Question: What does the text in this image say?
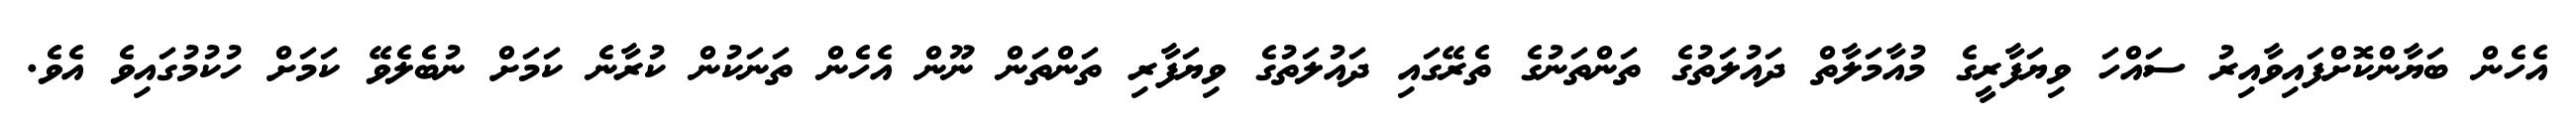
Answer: އެހެން ބަޔާންކޮށްފައިވާއިރު ސައްހަ ވިޔަފާރީގެ މުއާމަލާތް ދައުލަތުގެ ތަންތަނުގެ ތެރޭގައި ދައުލަތުގެ ވިޔަފާރި ތަންތަން ނޫން އެހެން ތަނަކުން ކުރާނެ ކަމަށް ނުބެލެވޭ ކަމަށް ހުކުމުގައިވެ އެވެ.